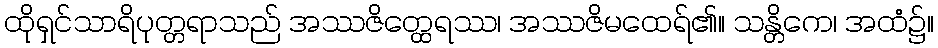
ထိုရှင်သာရိပုတ္တရာသည် အဿဇိတ္ထေရဿ၊ အဿဇိမထေရ်၏။ သန္တိကေ၊ အထံ၌။